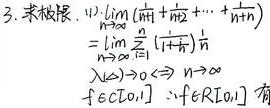
3. 求极限. (1) \(\lim_{n\rightarrow\infty}(\sqrt{\frac{1}{n^2}}+\sqrt{\frac{2}{n^2}}+\cdots+\sqrt{\frac{n}{n^2}})\)
\[
\begin{align*}
&=\lim_{n\rightarrow\infty}\sum_{i = 1}^{n}\left(\sqrt{\frac{i}{n^2}}\right)\\
\end{align*}
\]
\(\lambda=\max\{\Delta x_i\}\rightarrow0\Leftrightarrow n\rightarrow\infty\)
\(f\in C[0,1]\Rightarrow f\in R[0,1]\) 有